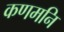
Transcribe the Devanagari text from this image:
कणमनि